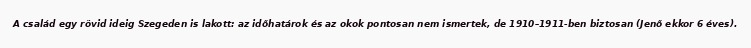
A család egy rövid ideig Szegeden is lakott: az időhatárok és az okok pontosan nem ismertek, de 1910–1911-ben biztosan (Jenő ekkor 6 éves).